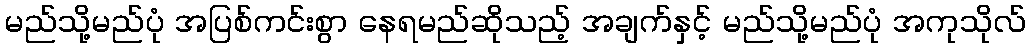
မည်သို့မည်ပုံ အပြစ်ကင်းစွာ နေရမည်ဆိုသည့် အချက်နှင့် မည်သို့မည်ပုံ အကုသိုလ်